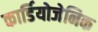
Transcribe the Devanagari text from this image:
कार्डियोजेनिक